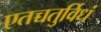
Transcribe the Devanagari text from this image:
एतच्चतुर्विधं